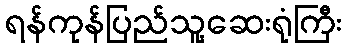
ရန်ကုန်ပြည်သူ့ဆေးရုံကြီး